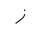
Letter: _zay